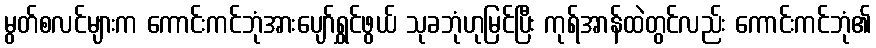
မွတ်စလင်များက ကောင်းကင်ဘုံအားပျော်ရွှင်ဖွယ် သုခဘုံဟုမြင်ပြီး ကုရ်အာန်ထဲတွင်လည်း ကောင်းကင်ဘုံ၏